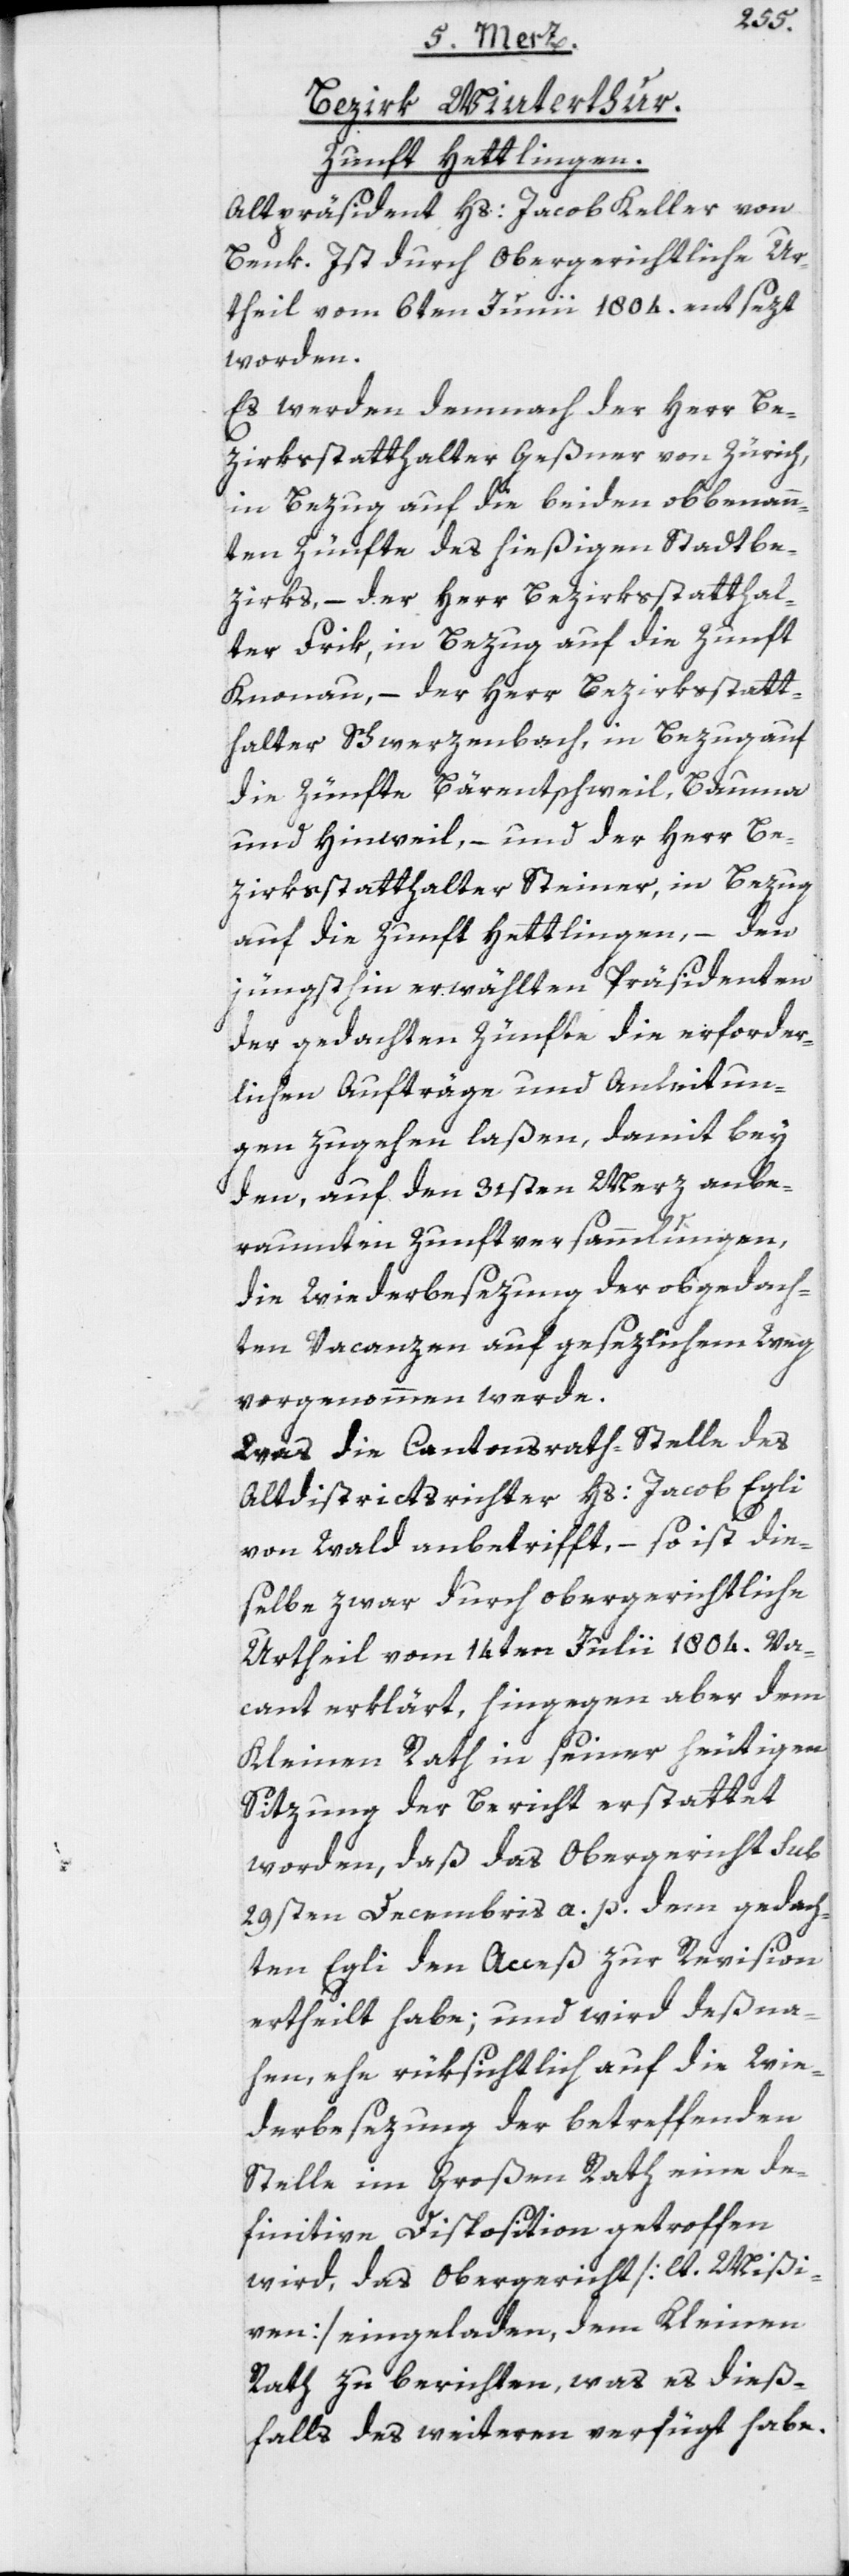
Bezirk Winterthur.
Zunft Hettlingen.
Altpräsident Hs: Jacob Keller von
Benk. Ist durch Obergerichtliche[s]
Urtheil vom 6ten Junii 1804. entsezt
worden.
Es werden demnach der Herr Be¬
zirksstatthalter Geßner von Zürich,
in Bezug auf die beiden obbenann¬
ten Zünfte des hießigen Stadtbe¬
zirks, – der Herr Bezirksstatthal¬
ter Frik, in Bezug auf die Zunft
Knonau, – der Herr Bezirksstatt¬
halter Schwerzenbach, in Bezug auf
die Zünfte Bärentschweil, Bauma
und Hinweil, – und der Herr Be¬
zirksstatthalter Steiner, in Bezug
auf die Zunft Hettlingen, – den
jüngsthin erwählten Präsidenten
der gedachten Zünfte die erforder¬
lichen Aufträge und Anleitun¬
gen zugehen laßen, damit bey
den, auf den 31sten Merz anbe¬
raumten Zunftversammlungen,
die Wiederbesezung der obgedach¬
ten Vacanzen auf gesezlichem Weg
vorgenommen werde.
Was die Cantonsrath-Stelle des
Altdistrictsrichter Hs: Jacob Egli
von Wald anbetrifft, – so ist die¬
selbe zwar durch obergerichtliche[s]
Urtheil vom 14ten Julii 1804. Va¬
cant erklärt, hingegen aber dem
Kleinen Rath in seiner heutigen
Sitzung der Bericht erstattet
worden, daß das Obergericht sub
29sten Decembris a. p. dem gedach¬
ten Egli den Acceß zur Revision
ertheilt habe; und wird deßna¬
hen, ehe rüksichtlich auf die Wie¬
derbesezung der betreffenden
Stelle im Großen Rath eine de¬
finitive Disposition getroffen
wird, das Obergericht [lt. Mißi¬
ven] eingeladen, dem Kleinen
Rath zu berichten, was es dieß¬
falls des weiteren verfügt habe.